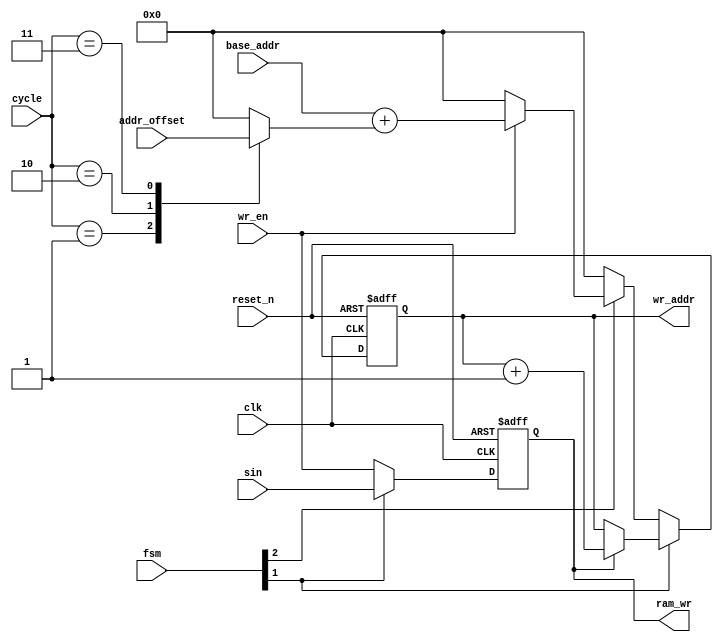
module wr_cell(
    clk,
    reset_n,
    wr_en,
    sin,
    fsm,
    cycle,
    base_addr,
    addr_offset,
    
    wr_addr,
    ram_wr
);

parameter A_WID = 8;

//Input ports
input                 clk        ;
input                 reset_n    ;
input                 wr_en      ;
input                 sin        ;
input   [3:0]         fsm        ;
input   [1:0]         cycle      ;
input   [A_WID-1:0]   base_addr  ;
input   [3*A_WID-1:0] addr_offset;

output  [A_WID-1:0]   wr_addr    ;
output                ram_wr     ;

reg     [A_WID-1:0]   wr_addr    ;
reg                   ram_wr     ;
reg     [A_WID-1:0]   addr_offset1;

always @ (posedge clk or negedge reset_n)
begin : wr_addr_r
    if(!reset_n)
        wr_addr <= #1 {A_WID{1'b0}};
    else begin
    	if(fsm[1]) begin
        if(ram_wr)
        wr_addr <= #1 wr_addr + 1'b1;
        end
        else if(fsm[2]) begin
        if(wr_en) 
        wr_addr <= #1 base_addr + addr_offset1;
        else
        wr_addr <= #1 {A_WID{1'b0}};
        end
        else
        wr_addr <= #1 {A_WID{1'b0}};
    end
end    

always @ (addr_offset or cycle)
begin : addr_offset_r
    case(cycle)
    2'b01: addr_offset1 = addr_offset[3*A_WID-1:2*A_WID];
    2'b10: addr_offset1 = addr_offset[2*A_WID-1:A_WID];
    2'b11: addr_offset1 = addr_offset[A_WID-1:0];
    default: addr_offset1 = 8'h0;
    endcase
end  

always @ (posedge clk or negedge reset_n)
begin : wr_r
    if(!reset_n)
        ram_wr <= #1 1'b0;
    else if(fsm[1])
        ram_wr <= #1 sin;
    else 
        ram_wr <= #1 wr_en;
end

endmodule